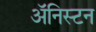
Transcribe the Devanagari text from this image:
अॅनिस्टन